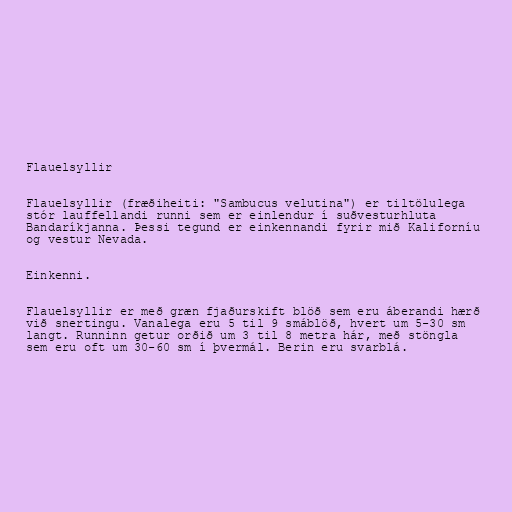
Flauelsyllir

Flauelsyllir (fræðiheiti: "Sambucus velutina") er tiltölulega
stór lauffellandi runni sem er einlendur í suðvesturhluta
Bandaríkjanna. Þessi tegund er einkennandi fyrir mið Kaliforníu
og vestur Nevada.

Einkenni.

Flauelsyllir er með græn fjaðurskift blöð sem eru áberandi hærð
við snertingu. Vanalega eru 5 til 9 smáblöð, hvert um 5-30 sm
langt. Runninn getur orðið um 3 til 8 metra hár, með stöngla
sem eru oft um 30-60 sm í þvermál. Berin eru svarblá.